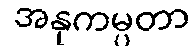
အနုကမ္ပတာ